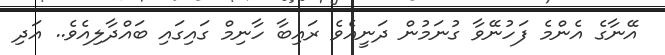
އޭނާގެ އެންމެ ފަހުނޭވާ ގުނަމުން ދަނީއެވެ ރައިބާ ހާނިމް ގައިގައި ބައްދާލިއެވެ.. އަދި